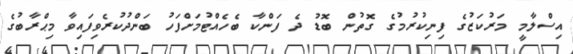
އިސްލާމީ މަރުކަޒުގެ ފިނިކުރުމުގެ ގޮތުން ބޮޑު ދެ ފަންކާ ބެހެއްޓުމަށްފަހު ބަންދުކުރެވިފައިވާ މިޙްރާބުގެ